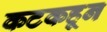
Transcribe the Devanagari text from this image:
कटकहून